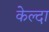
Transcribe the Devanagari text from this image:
केल्दा